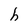
Character: h